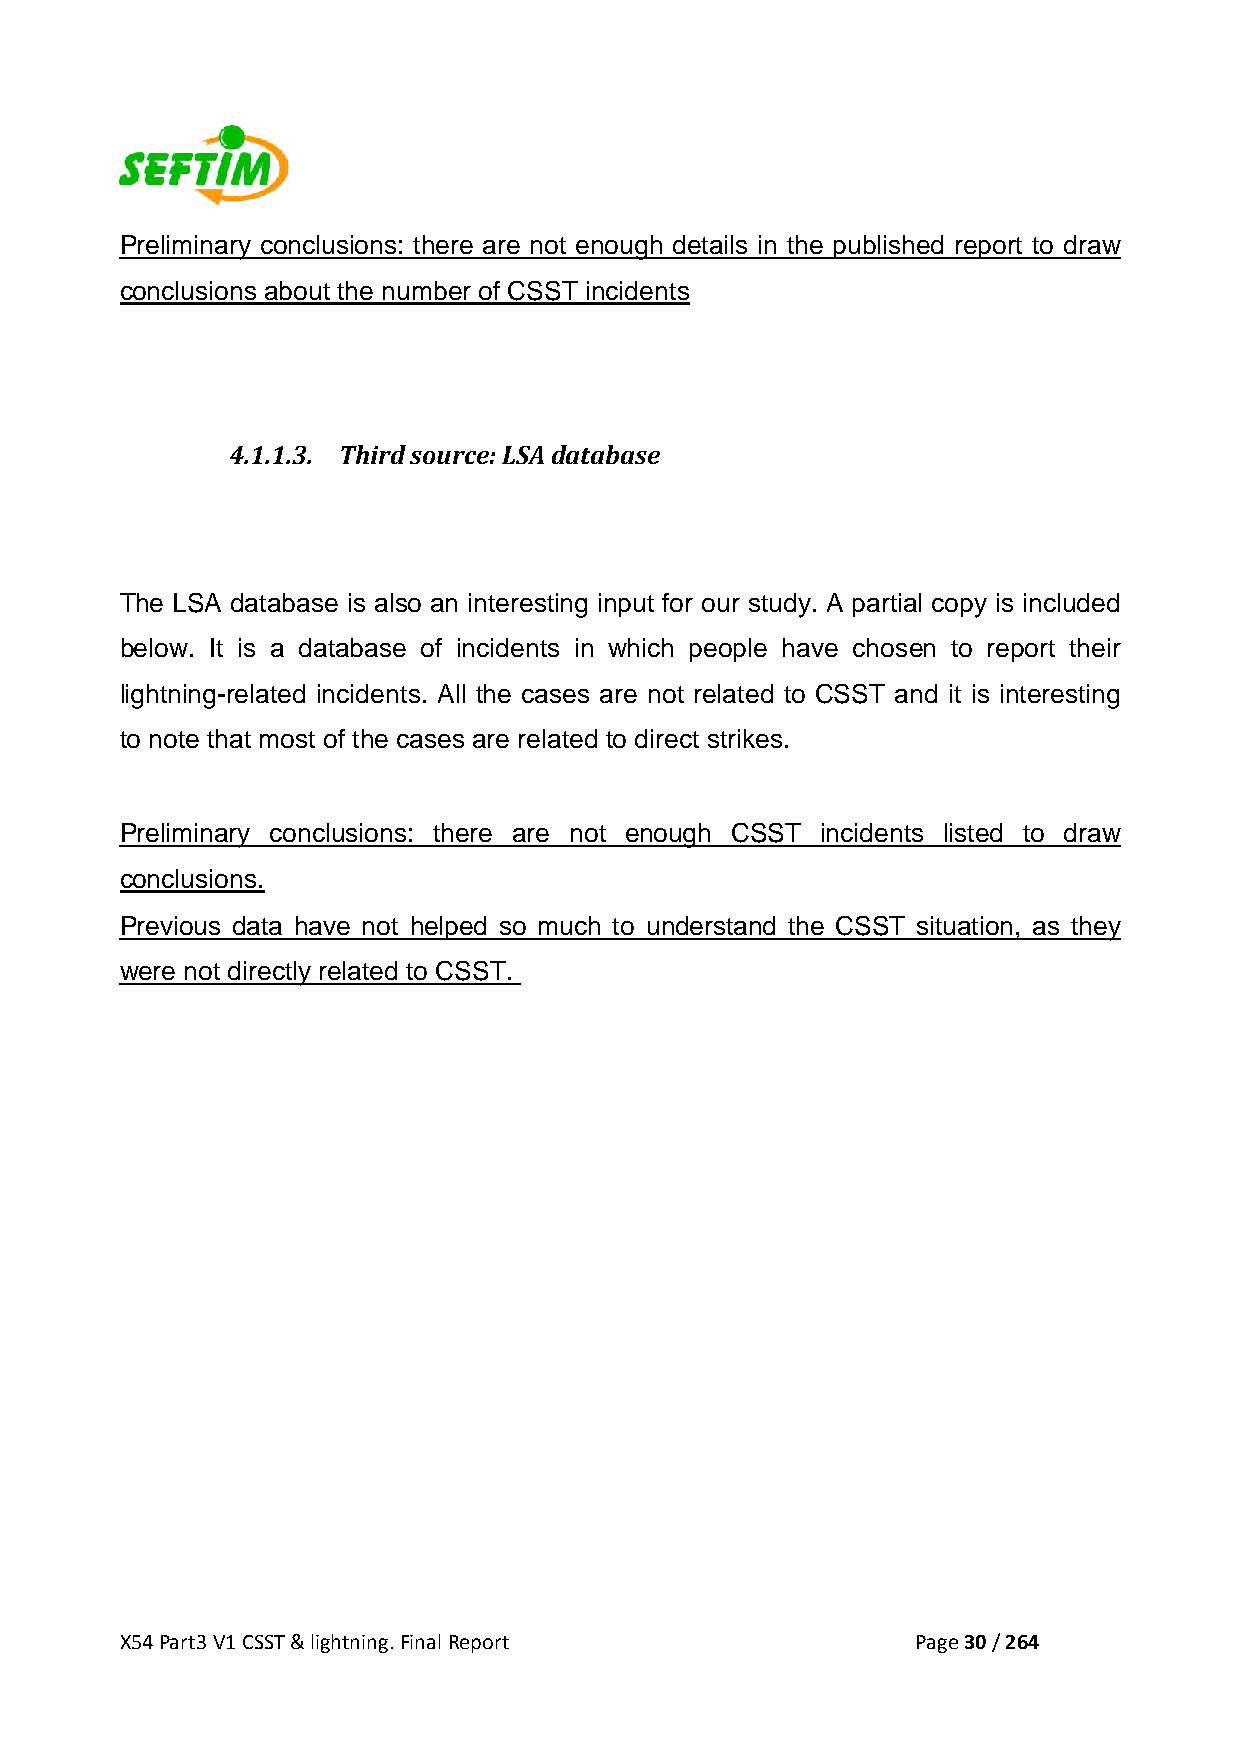
Preliminary conclusions: there are not enough details in the published report to draw
 conclusions about the number of CSST incidents
 4.1.1.3. Third source: LSA database
 The LSA database is also an interesting input for our study. A partial copy is included
 below. It is a database of incidents in which people have chosen to report their
 lightning-related incidents. All the cases are not related to CSST and it is interesting
 to note that most of the cases are related to direct strikes.
 Preliminary conclusions: there are not enough CSST incidents listed to draw
 conclusions.
 Previous data have not helped so much to understand the CSST situation, as they
 were not directly related to CSST.
 X54 Part3 V1 CSST & lightning. Final Report          Page 30 / 264